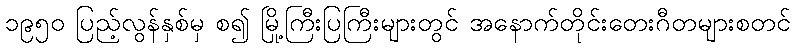
၁၉၅၀ ပြည့်လွန်နှစ်မှ စ၍ မြို့ကြီးပြကြီးများတွင် အနောက်တိုင်းတေးဂီတများစတင်